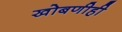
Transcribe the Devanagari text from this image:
खोबणीही